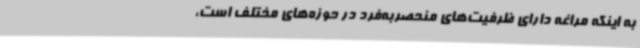
به اینکه مراغه دارای ظرفیت‌های منحصربه‌فرد در حوزه‌های مختلف است،